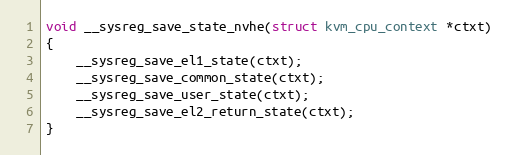
Language: C
void __sysreg_save_state_nvhe(struct kvm_cpu_context *ctxt)
{
	__sysreg_save_el1_state(ctxt);
	__sysreg_save_common_state(ctxt);
	__sysreg_save_user_state(ctxt);
	__sysreg_save_el2_return_state(ctxt);
}